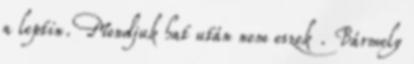
a leptin. Mondjuk hat után nem eszek . Bármely